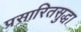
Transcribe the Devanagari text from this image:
प्रसारितसुद्धा